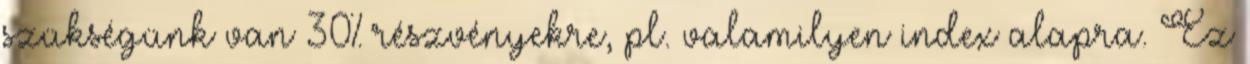
szükségünk van 30% részvényekre, pl. valamilyen index alapra. Ez